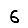
Digit: 6